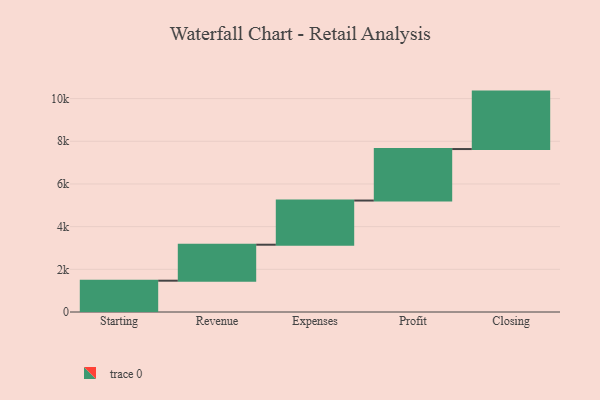
{"axis": {"x": "Step", "y": "Value"}, "legend": [""], "data": [{"x": "Starting", "y": 1467.0, "type": ""}, {"x": "Revenue", "y": 1686.0, "type": ""}, {"x": "Expenses", "y": 2070.0, "type": ""}, {"x": "Profit", "y": 2413.0, "type": ""}, {"x": "Closing", "y": 2692.0, "type": ""}]}